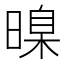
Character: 暞